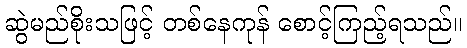
ဆွဲမည်စိုးသဖြင့် တစ်နေကုန် စောင့်ကြည့်ရသည်။